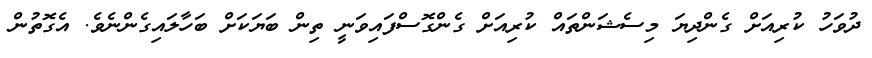
ދުވަހު ކުރިއަށް ގެންދިޔަ މިސެޝަންތައް ކުރިއަށް ގެންގޮސްފައިވަނީ ތިން ބަޔަކަށް ބަހާލައިގެންނެވެ. އެގޮތުން